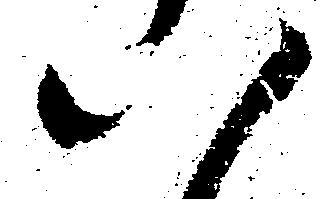
八